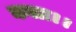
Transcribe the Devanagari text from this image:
कला।।